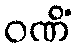
ဝဏိံ